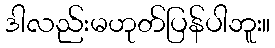
ဒါလည်းမဟုတ်ပြန်ပါဘူး။